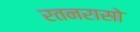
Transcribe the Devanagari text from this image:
रतनरासो